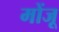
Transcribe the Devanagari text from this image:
मोंजू